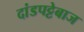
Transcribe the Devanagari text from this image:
दांडपट्टेबाज